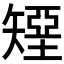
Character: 𰦟